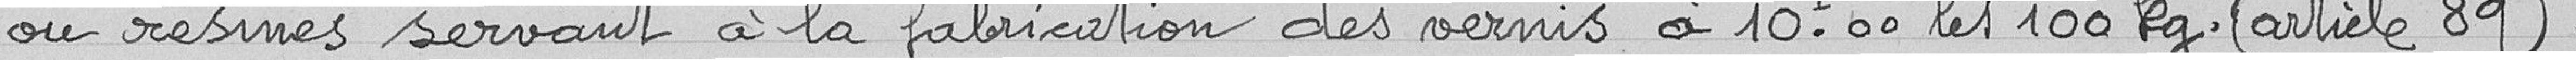
ou résines servant à la fabrication des vernis à 10,00 francs les 100 kilogrammes (article 89).